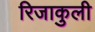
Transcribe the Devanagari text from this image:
रिजाकुली